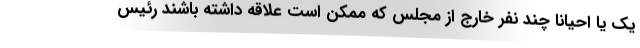
یک یا احیانا چند نفر خارج از مجلس که ممکن است علاقه داشته باشند رئیس